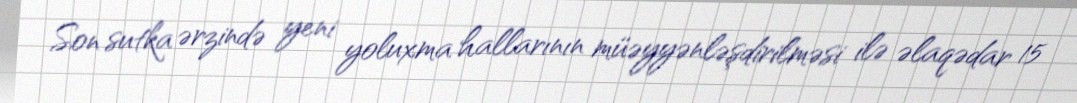
Son sutka ərzində yeni yoluxma hallarının müəyyənləşdirilməsi ilə əlaqədar 15